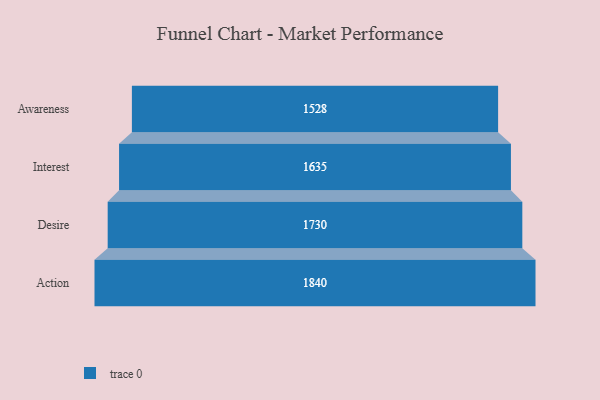
{"axis": {"x": "Stage", "y": "Value"}, "legend": [""], "data": [{"x": "Awareness", "y": 1528.0, "type": ""}, {"x": "Interest", "y": 1635.0, "type": ""}, {"x": "Desire", "y": 1730.0, "type": ""}, {"x": "Action", "y": 1840.0, "type": ""}]}